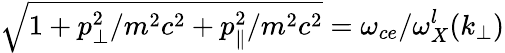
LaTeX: \sqrt{1+p_{\perp}^{2}/m^{2}c^{2}+p_{\| }^{2}/m^{2}c^{2}}=\omega_{ce}/\omega_{X}^{l}(k_{\perp})